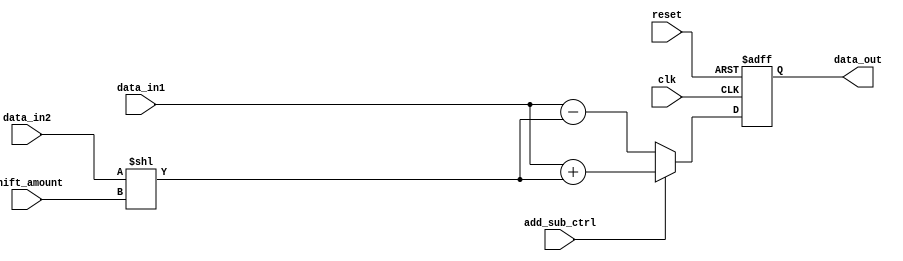
module fixed_point_shift_register (
    input wire clk,
    input wire reset,
    input wire [7:0] shift_amount,
    input wire add_sub_ctrl,
    input wire [15:0] data_in1,
    input wire [15:0] data_in2,
    output wire [15:0] data_out
);

reg [15:0] shifted_data;
reg [15:0] shifted_result;

always @(posedge clk or posedge reset) begin
    if (reset) begin
        shifted_data <= 16'b0;
    end else begin
        shifted_data <= shifted_result;
    end
end

always @(*) begin
    if (add_sub_ctrl) begin
        shifted_result = data_in1 + (data_in2 << shift_amount);
    end else begin
        shifted_result = data_in1 - (data_in2 << shift_amount);
    end
end

assign data_out = shifted_data;

endmodule